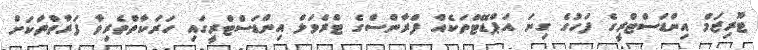
ޓޫރިޒަމް އިންޑަސްޓްރީގެ ފަހުގެ ގިނަ އަޕްޑޭޓްތަކެއް ފްރާންސްގެ ޓްރެވަލް އިންޑަސްޓްރީގައި ހަރަކާތްތެރިވާ ފަރާތްތަކަށް